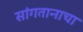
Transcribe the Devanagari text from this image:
सांगतानाचा